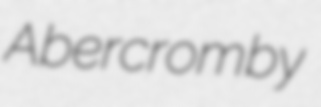
Abercromby